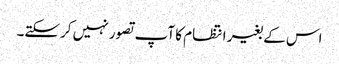
اس کے بغیر انتظام کا آپ تصور نہیں کرسکتے۔